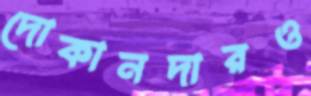
দোকানদারও